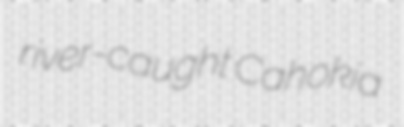
river-caught Cahokia